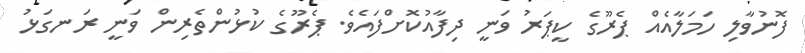
ފޮނުވާލި ހަމަލާއެއް ޕެރޫގެ ކީޕަރު ވަނީ ދިފާއުކޮށްފައެވެ. ޕެރޫގެ ކުޅުންތެރިން ވަނީ ރަނގަޅު